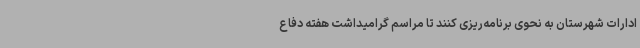
ادارات شهرستان به نحوی برنامه‌ریزی کنند تا مراسم گرامیداشت هفته دفاع